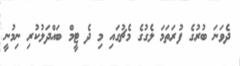
ދެވަނަ ބުރުގެ ފުރަތަމަ ލެގުގެ މެޗުގައި މި ދެ ޓީމް ބައްދަލުކުރި ނިމުނީ